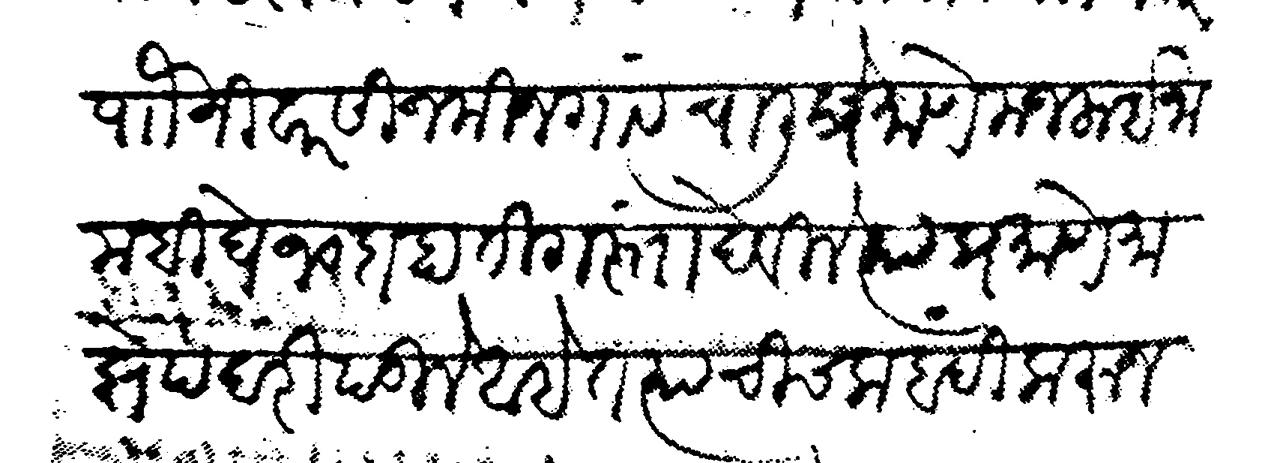
Transliteration (Devanagari): पाौ निवारसी जमीन गावचाली प्रमाणे मजला इनाम बिघे १० दाहा तिगस्ता देविले त्या प्रमाणे माझे पदरी पडीले आहेत त्याची चकबंदी करून